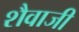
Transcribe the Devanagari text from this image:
शैवाजी